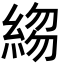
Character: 𬗣